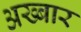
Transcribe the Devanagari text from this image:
अख्बार